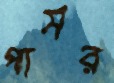
পামর